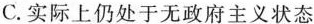
C.实际上仍处于无政府主义状态